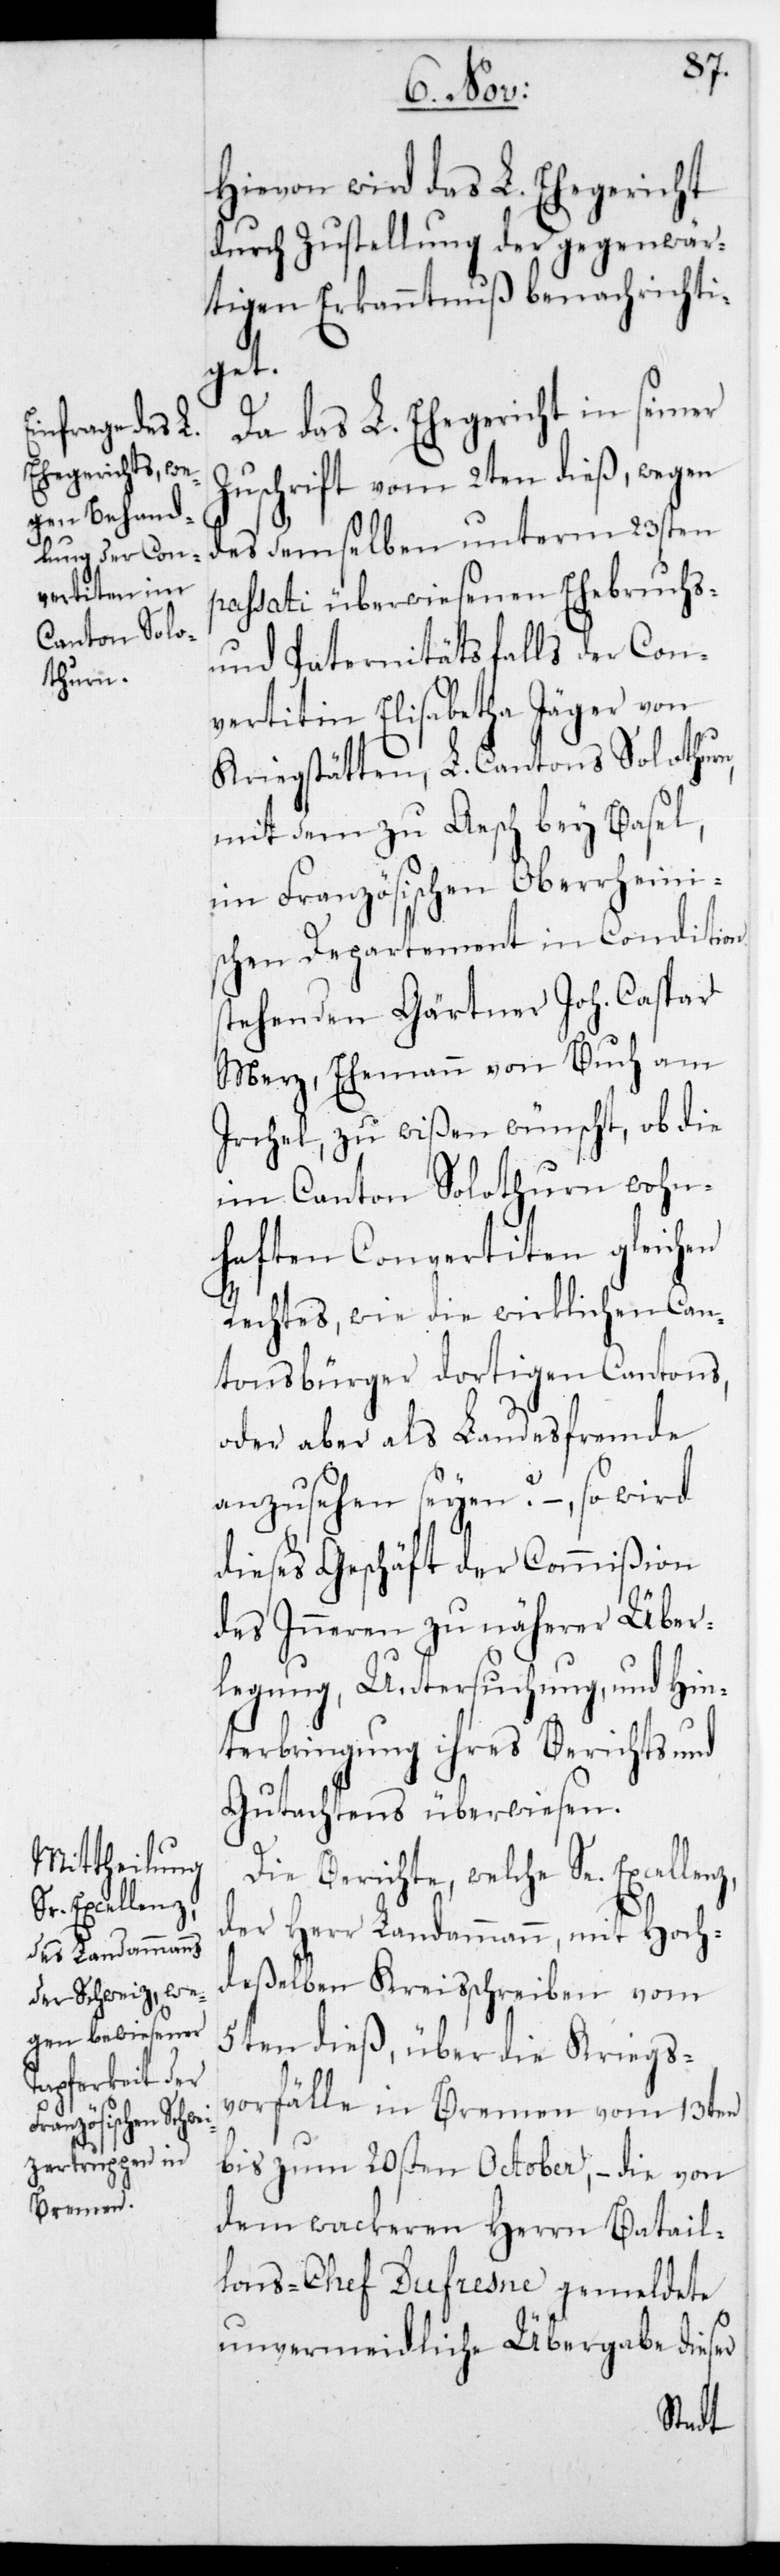
Se. Excellenz

Hievon wird das L. Ehegericht
durch Zustellung der gegenwär¬
tigen Erkanntnuß benachrichti¬
get.
Da das L. Ehegericht in seiner
Zuschrift vom 2ten dieß, wegen
des demselben unterm 23sten
passati überwiesenen Ehebruchs-
und Paternitätsfalls der Con¬
vertitin Elisabetha Jäger von
Kriegstätten, L. Cantons Solothurn,
mit dem zu Aesch bey Basel,
im Französischen Oberrheini¬
schen Departement in Condition
stehenden Gärtner Joh. Caspar
Merz, Ehemann von Buch am
Irchel, zu wißen wünscht, ob die
im Canton Solothurn wohn¬
haften Convertiten gleichen
Rechtes, wie die wirklichen Can¬
tonsbürger dortigen Cantons,
oder aber als Landesfremde
anzusehen seyen? – so wird
dieses Geschäft der Commißion
des Inneren zu näherer Über¬
legung, Untersuchung, und Hin¬
terbringung ihres Berichts und
Gutachtens überwiesen.
Die Berichte, welche
der Herr Landammann, mit Hoch¬
deßelben Kreisschreiben vom
5ten dieß, über die Kriegs¬
vorfälle in Bremen vom 13ten
bis zum 20sten October, – die von
dem wackeren Herrn Batail¬
lons-Chef Dufresne gemeldete
unvermeidliche Übergabe dieser